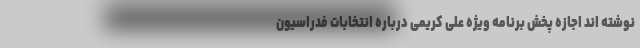
نوشته اند اجازه پخش برنامه ویژه علی کریمی درباره انتخابات فدراسیون